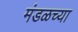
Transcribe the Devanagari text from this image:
मंडळच्या